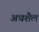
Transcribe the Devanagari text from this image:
अधशैल